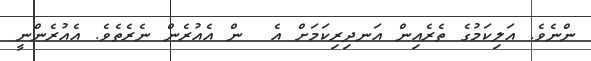
ންނެވެ. އަލިކަމުގެ ތެރެއިން އަނދިރިކަމަށް އެ  ން އެއުރެން ނެރެތެވެ. އެއުރެންނީ